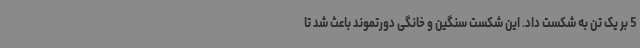
5 بر یک تن به شکست داد. این شکست سنگین و خانگی دورتموند باعث شد تا